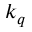
k _ { q }